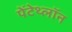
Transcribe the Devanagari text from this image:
पेंटेथ्लॉन